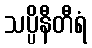
သပ္ပိနီတီရံ